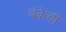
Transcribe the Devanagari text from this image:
बॅकेची